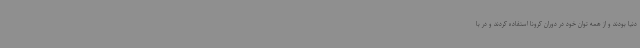
دنیا بودند و از همه توان خود در دوران کرونا استفاده کردند و در با